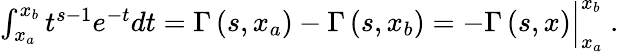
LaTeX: \begin{array}{r}{\int_{x_{a}}^{x_{b}}t^{s-1}e^{-t}dt=\Gamma\left(s,x_{a}\right)-\Gamma\left(s,x_{b}\right)=-\Gamma\left(s,x\right)\Big|_{x_{a}}^{x_{b}}\ .}\end{array}